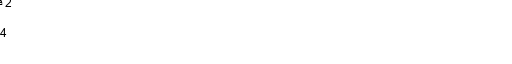
1 ہندوستان
2 قحط بطور ہتھیار
3 آئر لینڈ
4 قحط کی سیاست
5 یوکرین
ہندوستانترميم
ہندوستان کے لوگ غیر متوقع خشک سالی کے نتائج سے بخوبی واقف تھے اور اتنا اناج ذخیرہ کر کے رکھتے تھے کہ بارش نہ ہونے کے باوجود غذا کی کمی نہ ہو۔